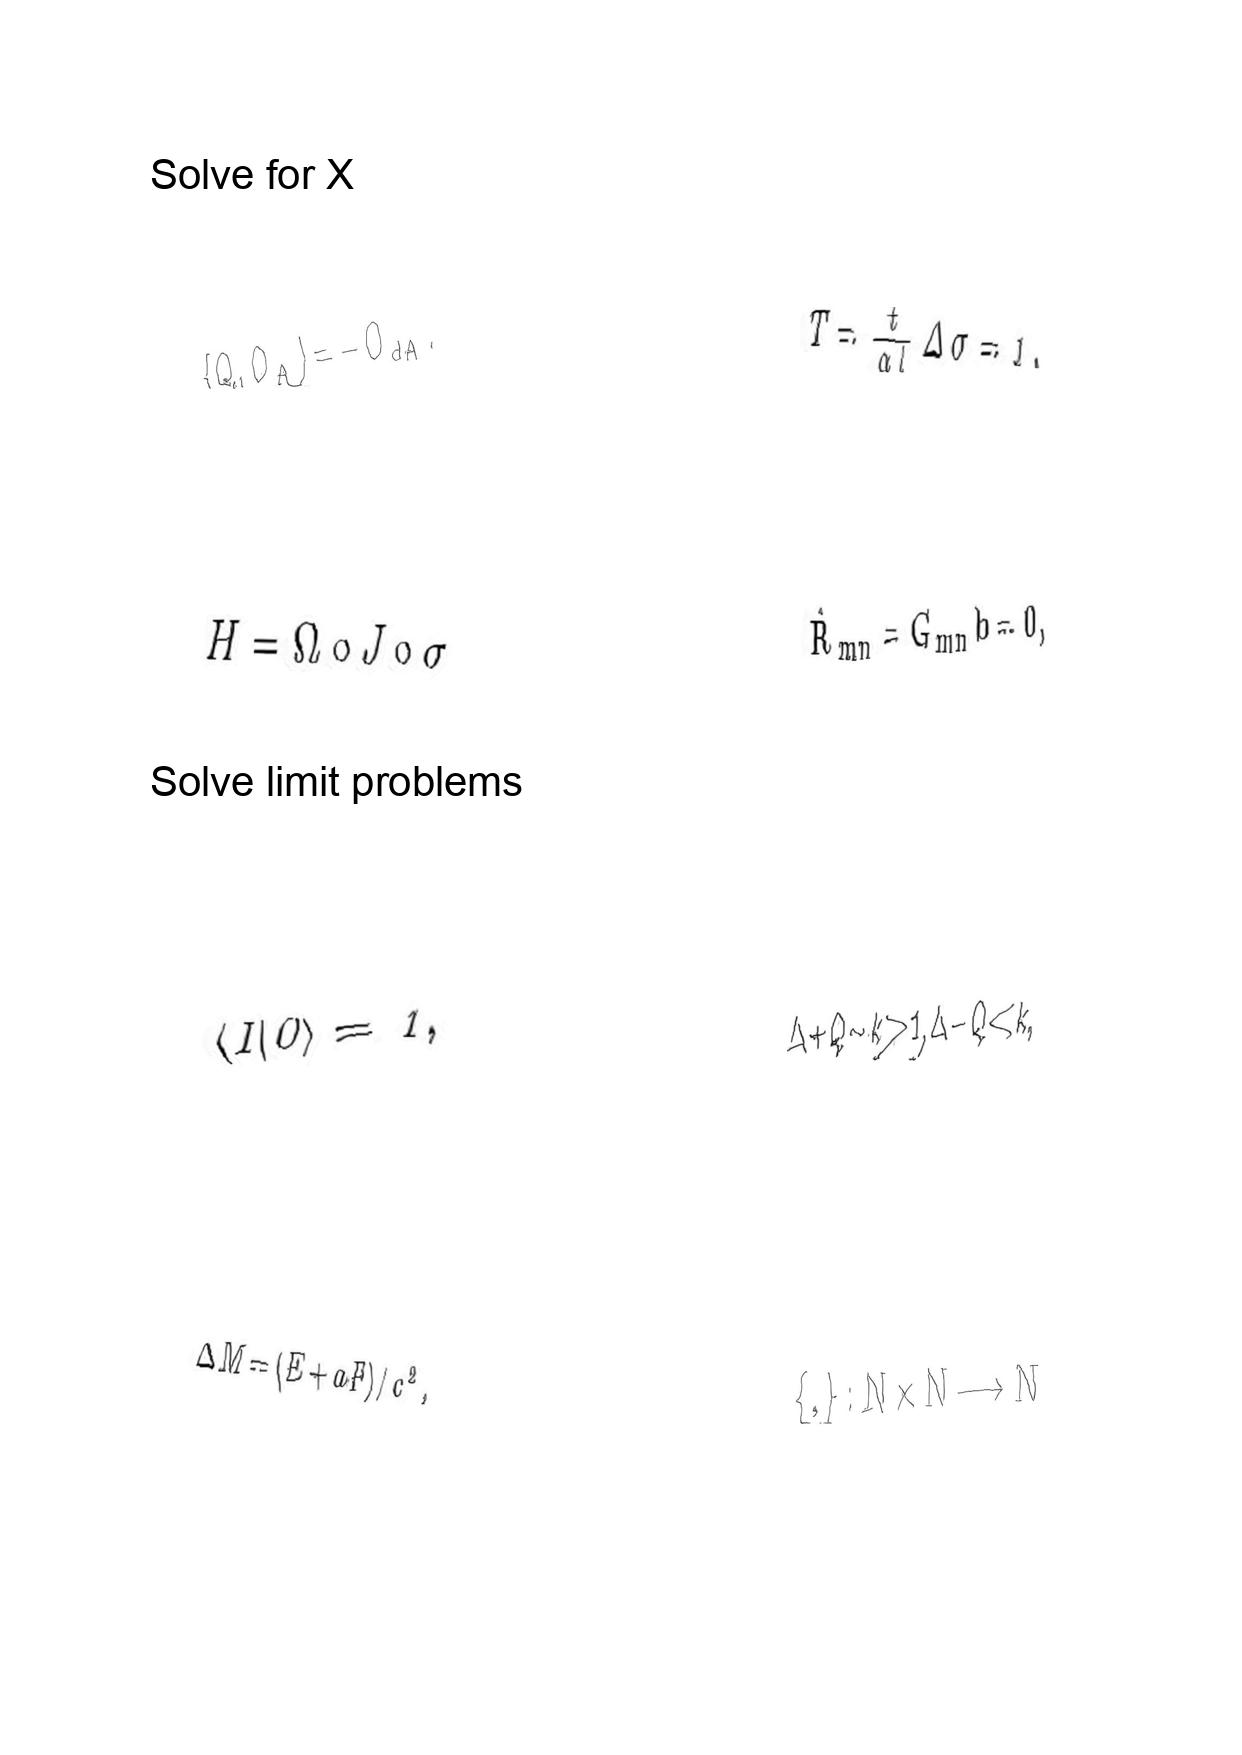
LaTeX transcription:
\lbrace Q , O _ { A } \rbrace = - O _ { d A } .
H = \Omega \circ J \circ \sigma
\langle I \vert 0 \rangle = 1 ,
\Delta M = \lparen E + a F \rparen / c ^ { 2 } ,
T = \frac { t } { \alpha l } \Delta \sigma = 1 .
\hat { R } _ { m n } = G _ { m n } b = 0 ,
\Delta + Q \sim k \gg 1 , \Delta - Q \ll k ,
\lbrace , \rbrace : N \times N \longrightarrow N